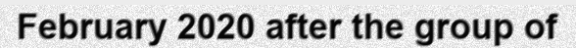
February 2020 after the group of